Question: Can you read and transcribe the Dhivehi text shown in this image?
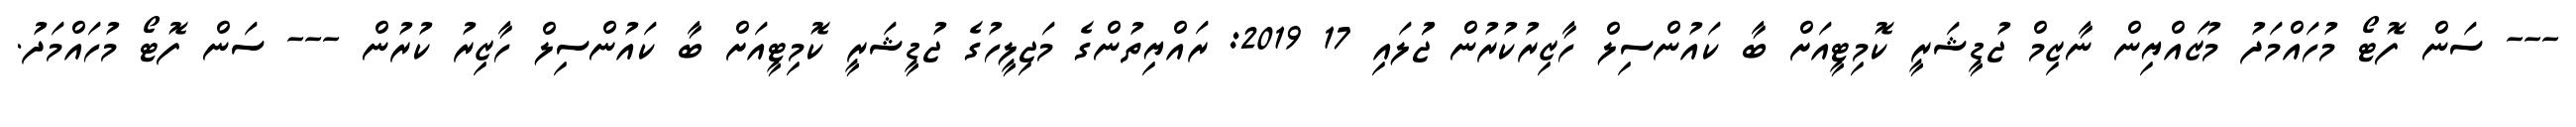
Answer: --- ސަން ފޮޓޯ މުހައްމަދު މުޒައްޔިން ނާޒިމް ޖުޑީޝަރީ ކޮމިޓީއަށް ބާ ކައުންސިލް ހާޒިރުކުރުން ޖުަލައި 17 2019: ރައްޔިތުންގެ މަޖިލީހުގެ ޖުޑީޝަރީ ކޮމިޓީއަށް ބާ ކައުންސިލް ހާޒިރު ކުރުން --- ސަން ފޮޓޯ މުހައްމަދު.